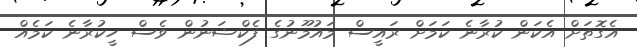
އެގޮތަށް އެކަން ކުރާނެ ކަމަށް ރައީސް މައުމޫނުގެ ފެކްޝަނުން ވެސް ހީކުރާނެ ކަމެއް